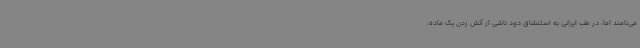
می‌نامند اما، در طب ایرانی به استنشاق دود ناشی از آتش زدن یک ماده،